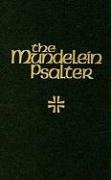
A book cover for The Mundelein Psalter; Douglas Martis; Christian Books & Bibles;